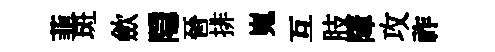
韮斑歛隠晉排嵬互肢障攻祚